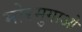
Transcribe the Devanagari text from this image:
मोरमुगाओ